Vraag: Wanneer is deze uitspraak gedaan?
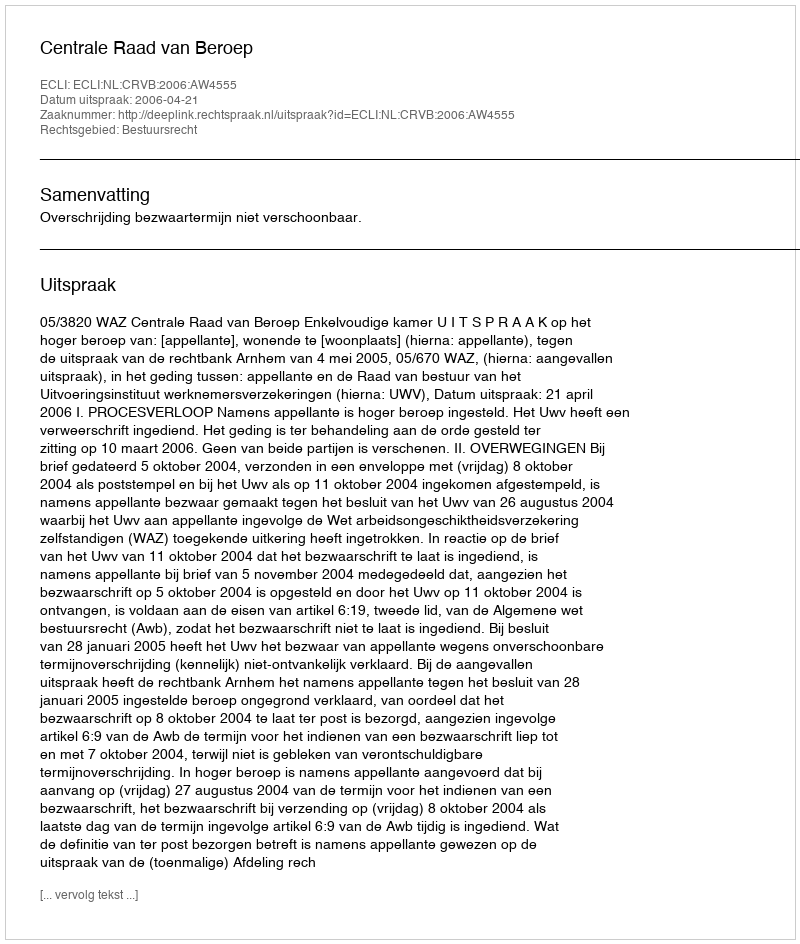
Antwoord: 2006-04-21